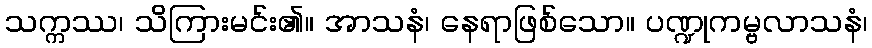
သက္ကဿ၊ သိကြားမင်း၏။ အာသနံ၊ နေရာဖြစ်သော။ ပဏ္ဍုကမ္ဗလာသနံ၊